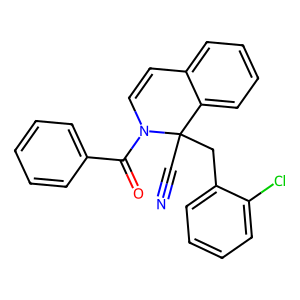
SMILES: N#CC1(Cc2ccccc2Cl)c2ccccc2C=CN1C(=O)c1ccccc1
Inhibits HIV replication: No